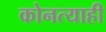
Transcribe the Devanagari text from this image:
कोनत्याही